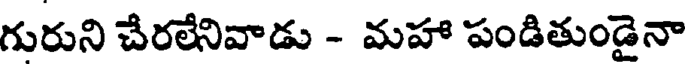
గురుని చేరలేనివాడు - మహా పండితుండైనా